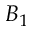
B _ { 1 }